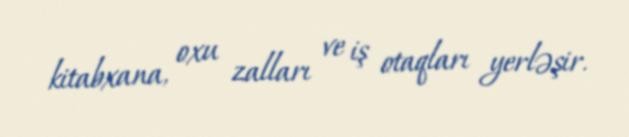
kitabxana, oxu zalları ve iş otaqları yerləşir.